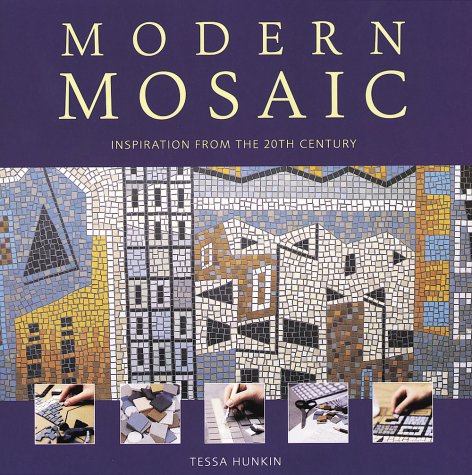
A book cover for Modern Mosaic: Inspiration from the 20th Century; Tessa Hunkin; Crafts, Hobbies & Home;